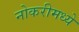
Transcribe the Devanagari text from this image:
नोकरीमध्ये